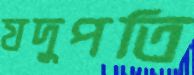
যদুপতি